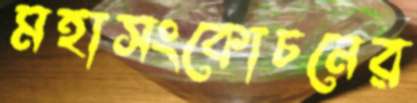
মহাসংকোচনের